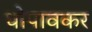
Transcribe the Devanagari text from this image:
धोपावकर